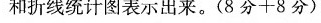
和折线统计图表示出来。(8分+8分)